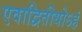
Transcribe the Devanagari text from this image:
एवाद्वितीयोऽहं